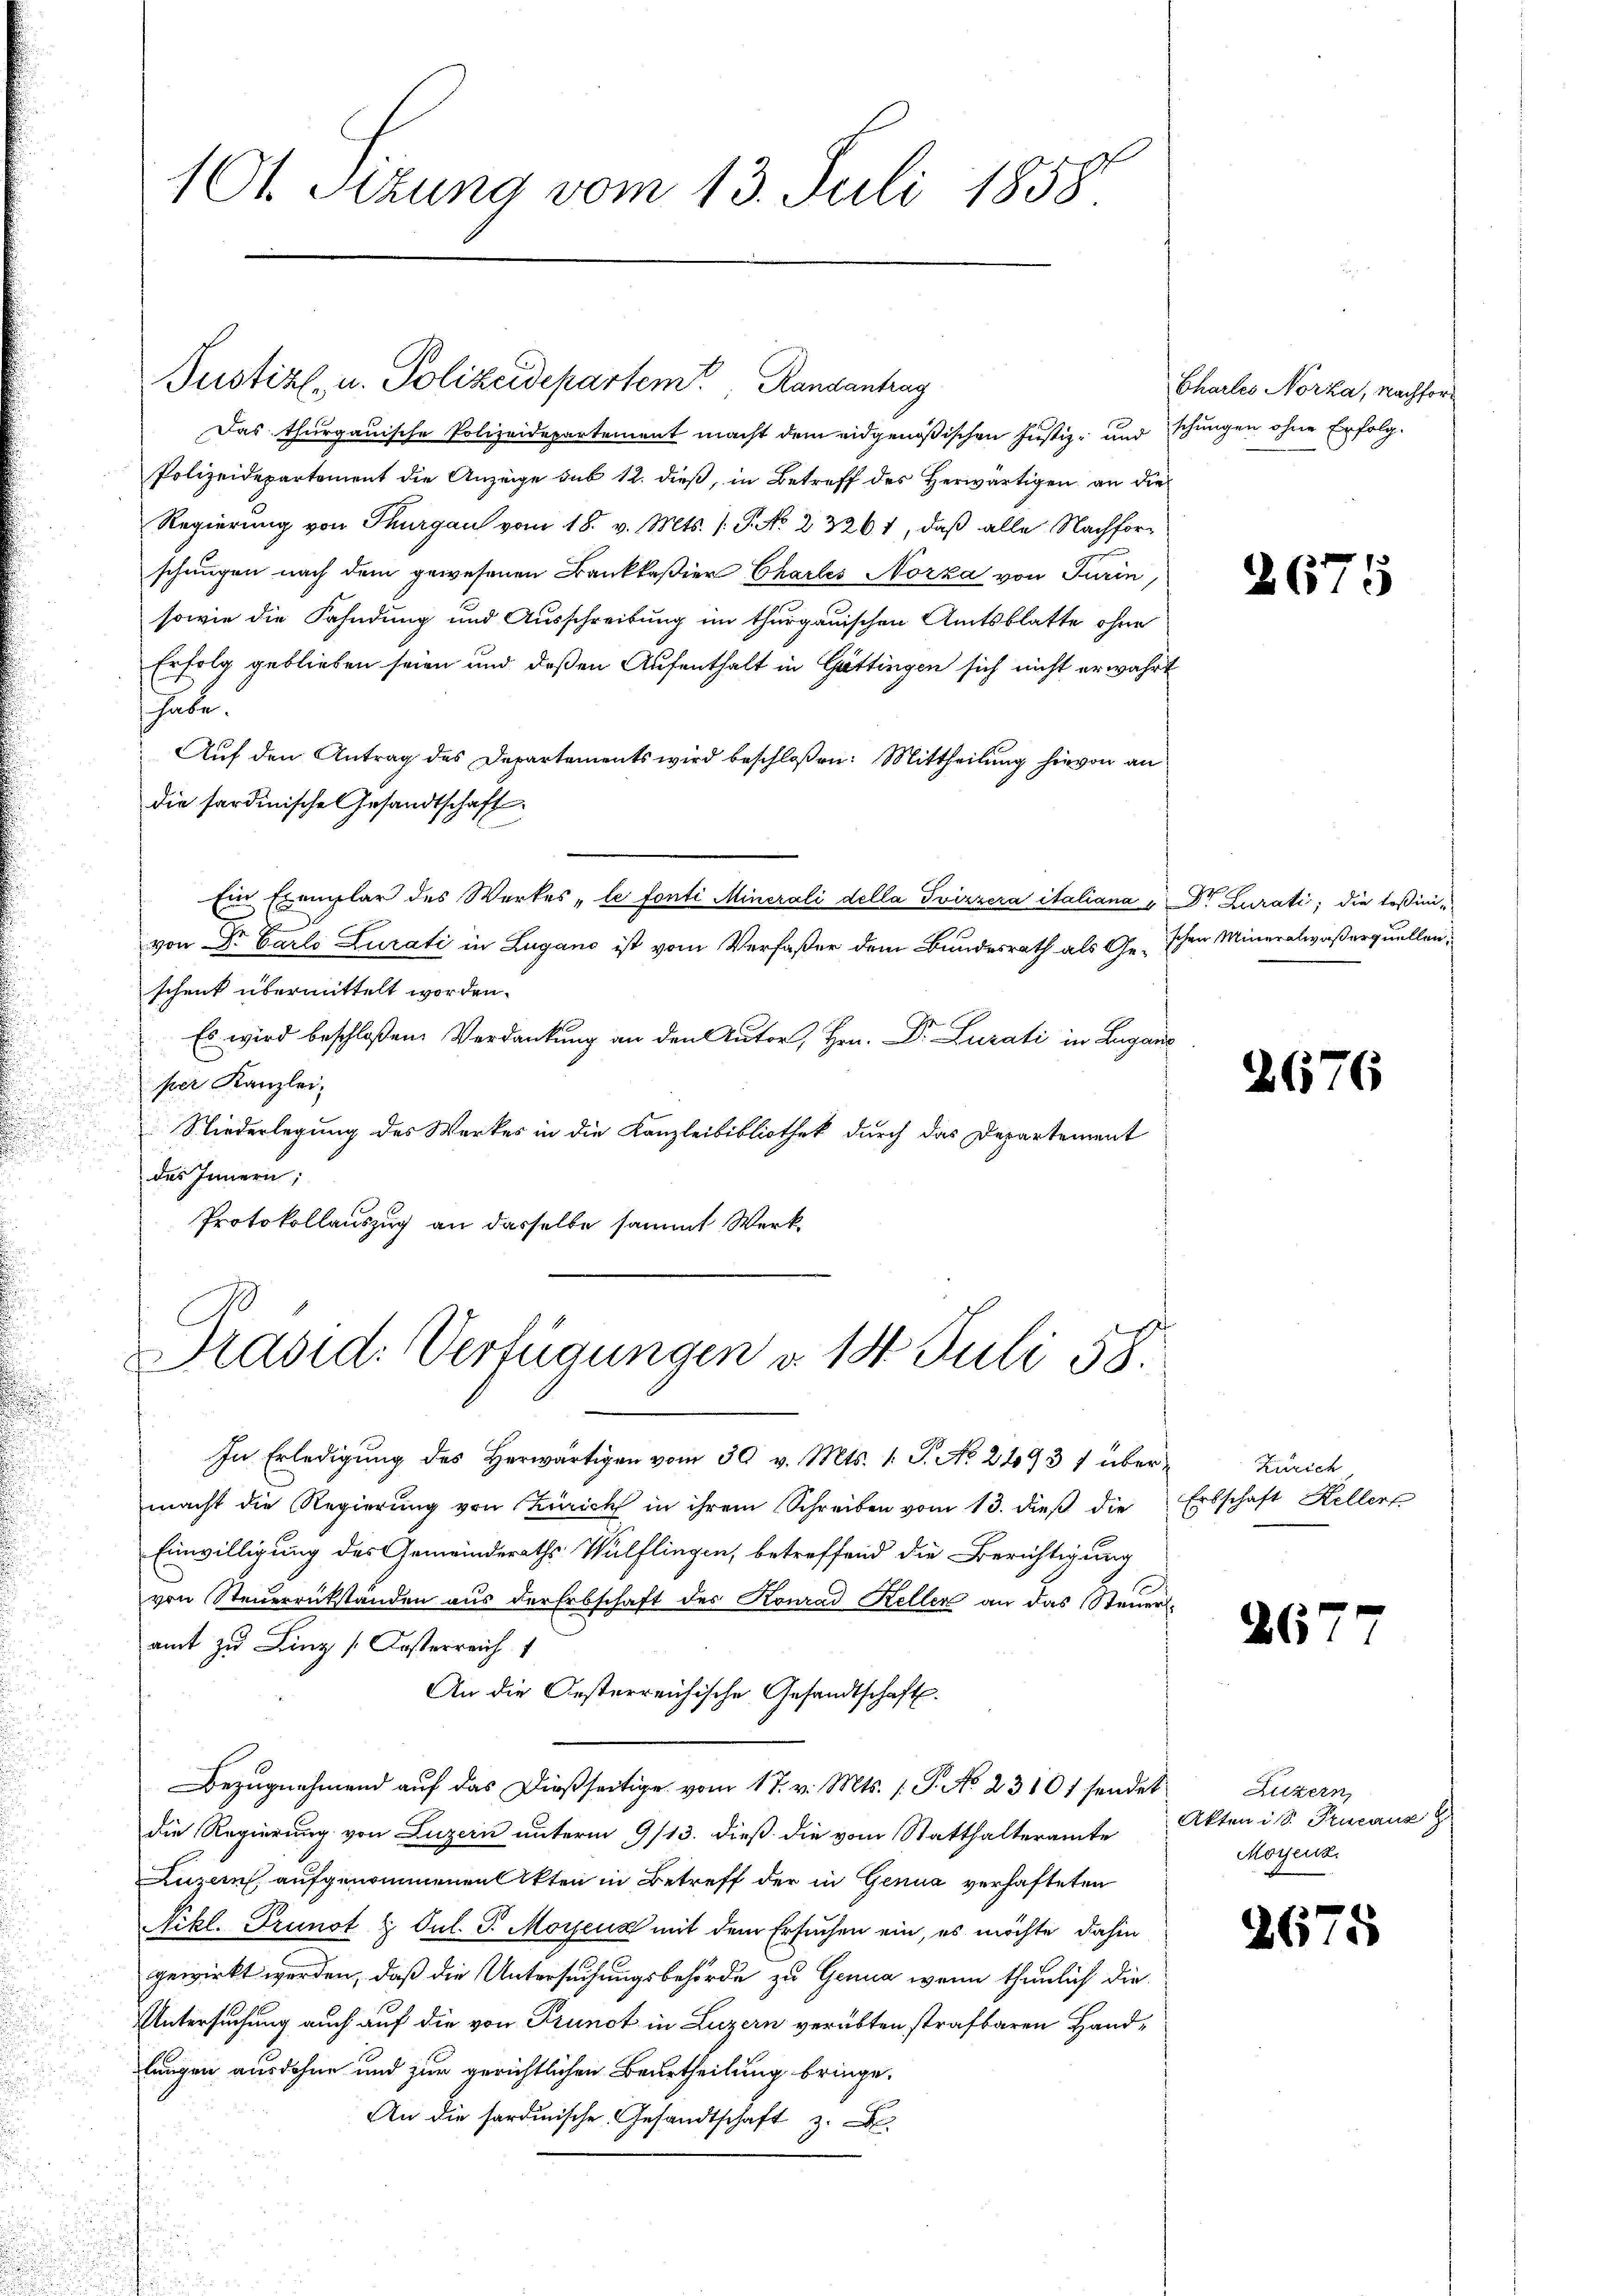
101 Sizung vom 13. Juli 1858

Justiz, u. Polizeidepartem Ransantrag
Das thurgauische Polizeidepartement macht dem eidgenößischen Justiz- und schungen ohne Erfolg-
Polizeidepartement die Anzeige sub 12. dieß, in Betreff des Herwärtigen, an die
Regierung von Thurgau vom 18. v. Mts. /: P. No 23261, daß alle Nachforschungen nach dem gewesenen Bankkaßier Chartes Norza von Turin,
sowie die Fahndung und Ausschreibung im thurgauischen Amtsblatte ohne
Erfolg geblieben seien und deßen Aufenthalt in Göttingen sich nicht erwahrt
habe.
Auf den Antrag des Departements wird beschloßen: Mittheilung hievon an
die sardinische Gesandtschaft
Ein Exemplar des Werkes „le fonti Minerali della Svizzera italiana u. Dr Curati, die Teßini-
von Dr. Carlo Lurati in Lugano ist vom Verfaßer dem Bundesrath als Geschen Mineralwaßerquellen,
schenk übermittelt worden.
Es wird beschloßen Verdankung an den Autor, Hrn. Dr. Luzati in Lugans
per Kanzlei,
Niederlegung des Werkes in die Kanzleibibliothek durch das Departement
des Innern;
Protokollauszug an dasselbe sammt Werk¬
Präsid. Verfügungen d. 14. Juli 58.
In Erledigung des herwärtigen vom 30 v. Mts. 1. J. No 2193 1 übermacht die Regierung von Zürich in ihrem Schreiben vom 13. dieß die Erbschaft Heller
Einwilligung des Gemeinderaths Wülflingen, betreffend die Berichtigung
von Steuerrückständen aus der Erbschaft des Konrad Keller an das Steueramt zu Linz (Kosterreich
An die Oesterreichische Gesandtschaft.
Bezugnahmend auf das Dießseitige vom 17. v. Mts. 1. P. No 23101 sendet
die Regierung von Luzern unterm 9/13. dieß die vom Statthalteramte
Luzern aufgenommenen Akten in Betreff der in Genua verhafteten
Nikl. Prunot t Jul. J. Morenz mit dem Ersuchen ein, es möchte dahin
gewirkt werden, daß die Untersuchungsbehörde zu Genua, wenn thunlich die
Untersuchung auch auf die von Prunst in Luzern verübten strafbaren Handlungen ausdohne und zur gerichtlichen Beurtheilung bringe.
An die sardinische Gesandtschaft z.

Chartes Norka, Nachfor¬

267

G

26

6

s

Zürich,

Luzern,
Akten i S. Pucauz
Moyenz.

2675

1